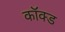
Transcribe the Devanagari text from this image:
कॉक्ड